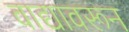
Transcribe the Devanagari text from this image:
वाद्यावरून